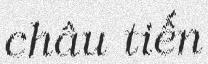
châu tiến